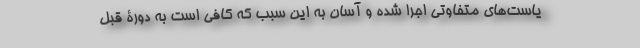
یاست‌های متفاوتی اجرا شده و آسان به این سبب که کافی است به دورۀ قبل